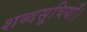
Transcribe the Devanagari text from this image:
शब्दसूचियाँ।